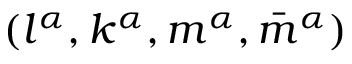
( l ^ { \alpha } , k ^ { \alpha } , m ^ { \alpha } , \bar { m } ^ { \alpha } )